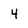
Character: 4